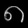
Digit: ၈